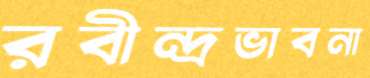
রবীন্দ্রভাবনা